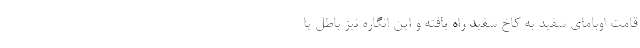
قامت اوبامای سفید به کاخ سفید راه یافته و این انگاره نیز باطل یا